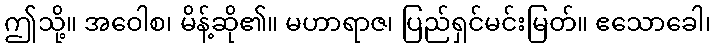
ဤသို့။ အဝေါစ၊ မိန့်ဆို၏။ မဟာရာဇ၊ ပြည်ရှင်မင်းမြတ်။ ဧသောခေါ၊